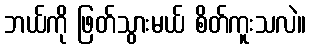
ဘယ်ကို ဖြတ်သွားမယ် စိတ်ကူးသလဲ။